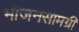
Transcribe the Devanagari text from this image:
भोजनसामग्री